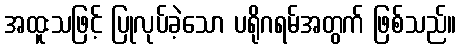
အထူးသဖြင့် ပြုလုပ်ခဲ့သော ပရိုဂရမ်အတွက် ဖြစ်သည်။